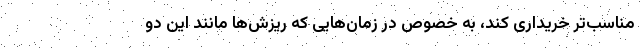
مناسب‌تر خریداری کند، به خصوص در زمان‌هایی که ریزش‌ها مانند این دو